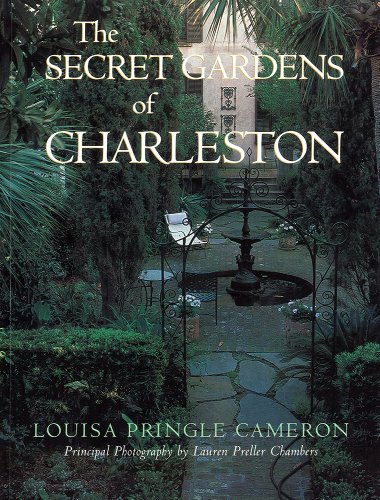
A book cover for The Secret Gardens of Charleston; Louisa Pringle Cameron; Travel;